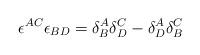
LaTeX: \begin{align*}\epsilon^{AC} \epsilon_{BD} = \delta^A_B \delta^C_D- \delta^A_D\delta^C_B\end{align*}